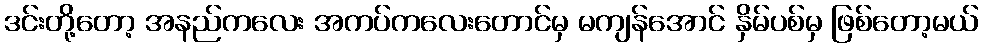
ဒင်းတို့တော့ အနည်ကလေး အကပ်ကလေးတောင်မှ မကျန်အောင် နှိမ်ပစ်မှ ဖြစ်တော့မယ်